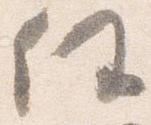
任